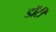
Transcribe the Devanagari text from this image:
डॉर्टी